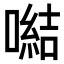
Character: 𪢍